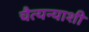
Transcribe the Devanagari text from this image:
चैत्यन्याशी